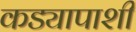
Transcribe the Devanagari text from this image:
कड्यापाशी